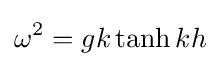
\omega ^{2}=gk\tanh kh